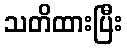
သတိထားပြီး